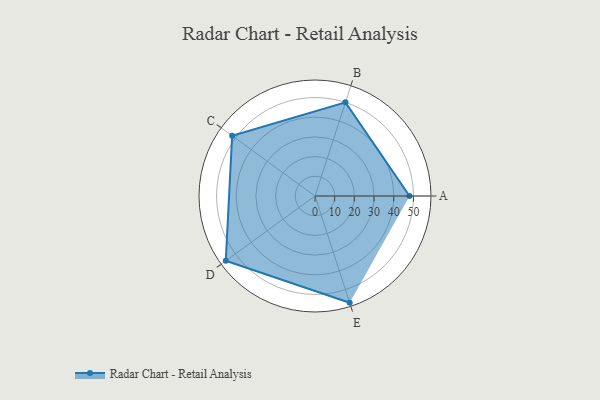
{"axis": {"x": "Skill", "y": "Score"}, "legend": ["Profile"], "data": [{"x": "A", "y": 48.0, "type": "Profile"}, {"x": "B", "y": 50.0, "type": "Profile"}, {"x": "C", "y": 52.0, "type": "Profile"}, {"x": "D", "y": 56.0, "type": "Profile"}, {"x": "E", "y": 57.0, "type": "Profile"}]}